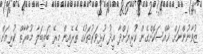
ޒުވާނުންނަށް ޚާއްސަކޮށްގެން ކުރިޔަށްދާ އީދު ކުޅިވަރުތަކުގެ ތެރެއިން މިރޭ ބައިބަލާ މުބާރާތް ކުރިއަށް